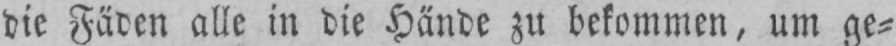
die Fäden alle in die Hände zu bekommen, um ge⸗